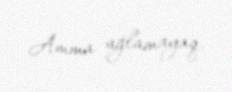
Amma ağlamayaq.